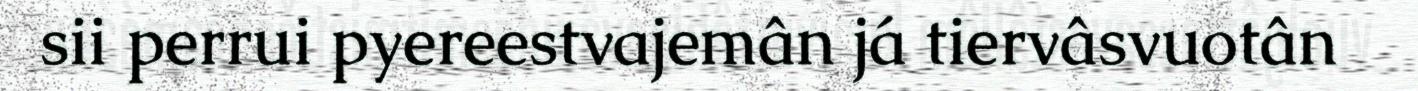
sii perrui pyereestvajemân já tiervâsvuotân